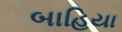
બાહિયા